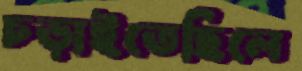
চড়াইতেছিলে